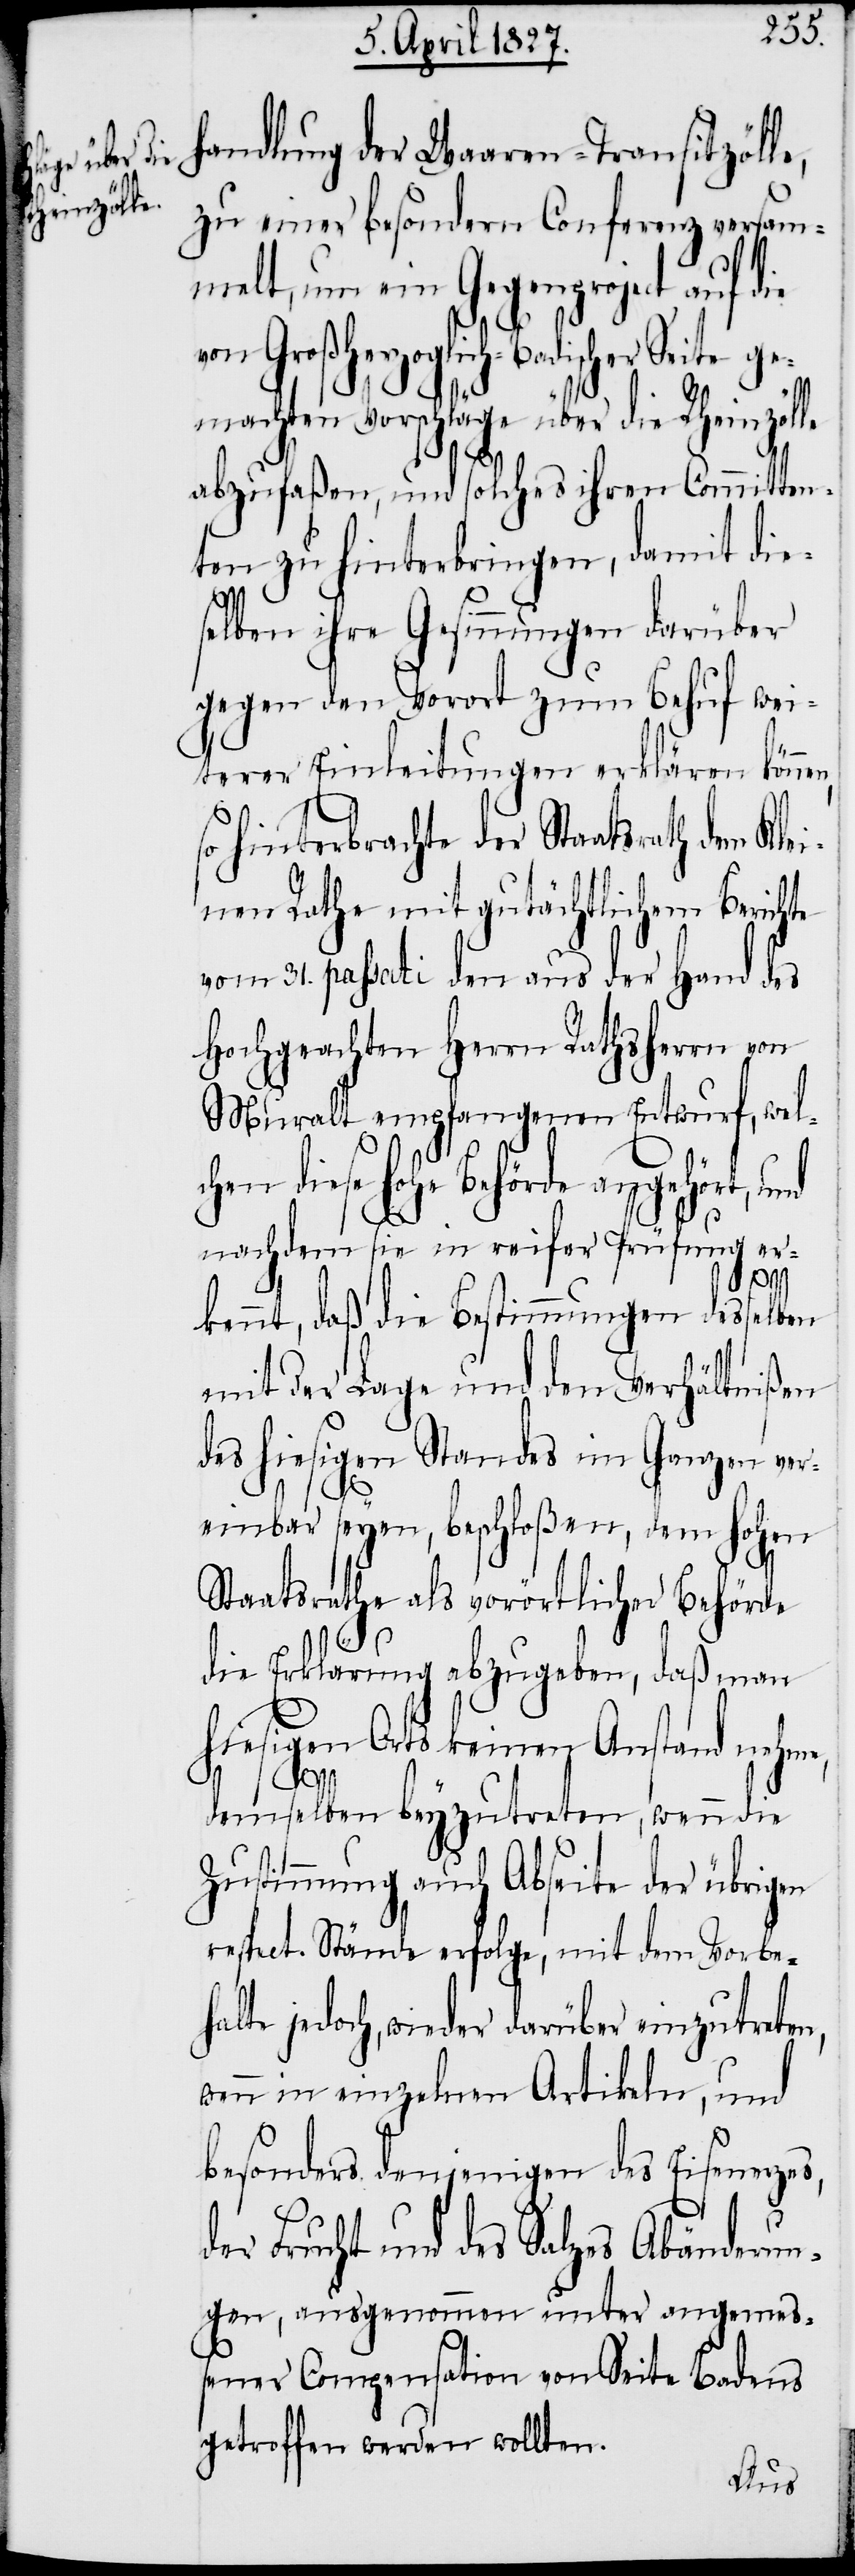
handlung der Waaren-Transitzölle,
zu einer besondern Conferenz versam¬
melt, um ein Gegenproject auf
Großherzoglich-Badischer Seite ge¬
machten Vorschläge über die Rheinzölle
abzufaßen, und solches ihren Committen¬
ten zu hinterbringen, damit die¬
selben ihre Gesinnungen darüber
gegen den Vorort zum Behuf wei¬
terer Einleitungen erklären könne¬
o hinterbrachte der Staatsrath dem
nen Rathe mit gutächtlichem Berichte
vom 31. passati den aus der Hand des
Hochgeachten Herrn Rathsherrn von
Muralt empfangenen Entwurf, welc¬
angehört, und
nachdem sie in reifer Prüfung er¬
kennt, daß die Bestimmungen desselben
mit der Lage und den Verhältnißen
des hiesigen Standes im Ganzen ver¬
einbar seyen, beschloßen, dem hohen
Staatsrathe als vorörtlicher Behörde
die Erklärung abzugeben, daß man
hiesigen Orts keinen Anstand nehme,
es,
demselben beyzutreten, wenn die
Zustimmung auch Abseite der übrigen
respect. Stände erfolge, mit dem Vorbe¬
halte jedoch, wieder darüber einzutreten,
wenn in einzelnen Artikeln, und
besonders denjenigen des Eisenerz¬
der Frucht und des Salzes Abänderun¬
gen, ausgenommen unter angemeß¬
ener Compensation von Seite Badens
getroffen werden wollten.